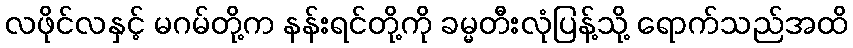
လဖိုင်လနှင့် မဂမ်တို့က နန်းရင်တို့ကို ခမ္မတီးလုံပြန့်သို့ ရောက်သည်အထိ